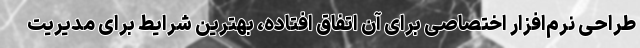
طراحی نرم‌افزار اختصاصی برای آن اتفاق افتاده، بهترین شرایط برای مدیریت